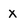
Character: x